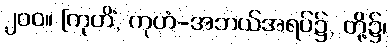
၂၀၀။ [ကုဟိံ, ကုဟံ-အဘယ်အရပ်၌, တို့၌၊